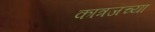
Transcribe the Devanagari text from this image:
कात्रजच्या